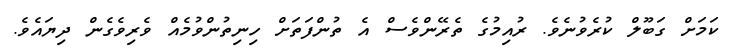
ކަމަށް ގަބޫލް ކުރެވުނެވެ. ރުއިމުގެ ތެރޭންވެސް އެ ތުންފަތަށް ހިނިތުންވުމެއް ވެރިވެގެން ދިޔައެވެ.